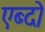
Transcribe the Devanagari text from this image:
एब्दो